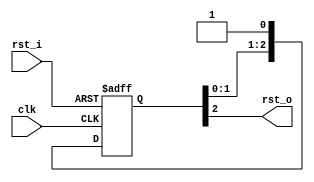
`timescale 1ns / 1ps
//////////////////////////////////////////////////////////////////////////////////
// 
// Design Name: 
// Module Name: reset_synchronizer
// Project Name: 
// Target Devices: 
// Tool Versions: 
// Description: 
// 
// Dependencies: 
// 
// Revision:
// Revision 0.01 - File Created
// Additional Comments:
//
// ===============From NonTrival-MIPS===============
// 
//////////////////////////////////////////////////////////////////////////////////


module reset_synchronizer #(
    parameter RESET_STAGE = 3,
    parameter RESET_POSEDGE = 0
) (
    input wire clk,
    input wire rst_i,
    output wire rst_o
);

    reg [RESET_STAGE - 1 : 0] reset_sync;

    assign rst_o = reset_sync[RESET_STAGE - 1];

    generate
    if (RESET_POSEDGE == 0) begin: reset_negedge
        always @(posedge clk, negedge rst_i) begin
            if (!rst_i) begin
                reset_sync <= {RESET_STAGE{1'b0}};
            end else begin
                reset_sync <= {reset_sync[RESET_STAGE - 2:0], 1'b1};
            end
        end
    end else begin: reset_posedge
        always @(posedge clk, posedge rst_i) begin
            if (rst_i) begin
                reset_sync <= {RESET_STAGE{1'b1}};
            end else begin
                reset_sync <= {reset_sync[RESET_STAGE - 2:0], 1'b0};
            end
        end
    end
    endgenerate

endmodule